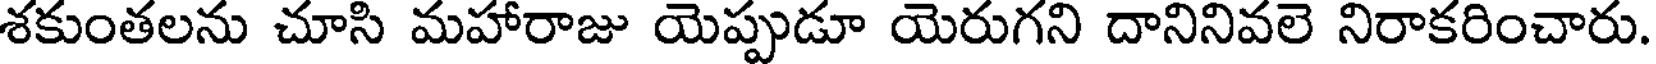
శకుంతలను చూసి మహారాజు యెప్పుడూ యెరుగని దానినివలె నిరాకరించారు.